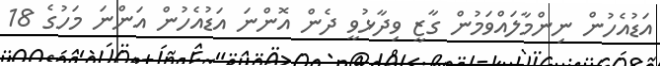
އަޑުއެހުން ނިންމާލައްވަމުން ގާޒީ ވިދާޅުވީ ދެން އޮންނަ އަޑުއެހުން އަންނަ މަހުގެ 18